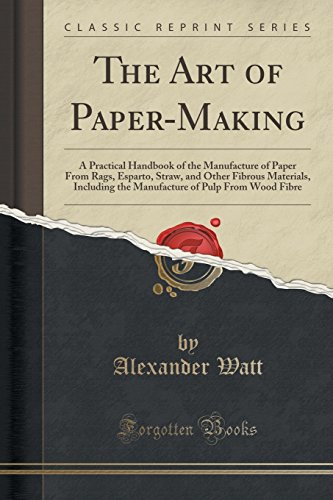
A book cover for The Art of Paper-Making: A Practical Handbook of the Manufacture of Paper From Rags, Esparto, Straw, and Other Fibrous Materials, Including the Manufacture of Pulp From Wood Fibre (Classic Reprint); Alexander Watt; Crafts, Hobbies & Home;